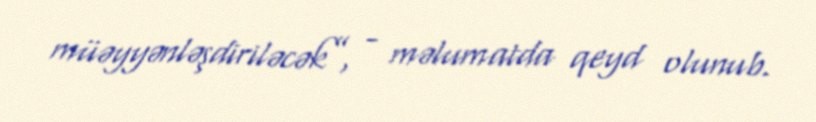
müəyyənləşdiriləcək”, - məlumatda qeyd olunub.